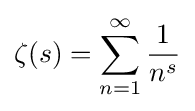
\zeta (s)=\sum _{n=1}^{\infty }{\frac {1}{n^{s}}}